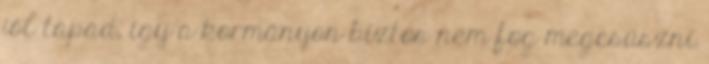
jól tapad, így a kormányon biztos nem fog megcsúszni